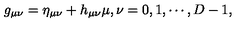
g _ { \mu \nu } = \eta _ { \mu \nu } + h _ { \mu \nu } \mu , \nu = 0 , 1 , \cdots , D - 1 ,